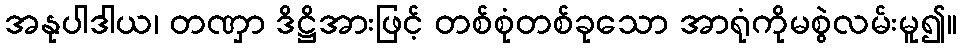
အနုပါဒါယ၊ တဏှာ ဒိဋ္ဌိအားဖြင့် တစ်စုံတစ်ခုသော အာရုံကိုမစွဲလမ်းမူ၍။